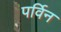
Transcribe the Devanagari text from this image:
पर्विन